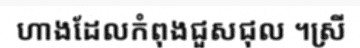
ហាងដែលកំពុងជួសជុល ។ស្រី